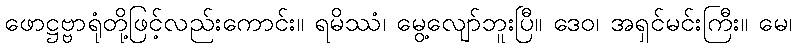
ဖောဋ္ဌဗ္ဗာရုံတို့ဖြင့်လည်းကောင်း။ ရမိဿံ၊ မွေ့လျော်ဘူးပြီ။ ဒေဝ၊ အရှင်မင်းကြီး။ မေ၊